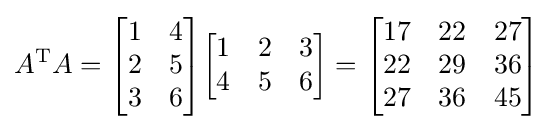
A^{\text{T}}A={\begin{bmatrix}1&4\\2&5\\3&6\end{bmatrix}}{\begin{bmatrix}1&2&3\\4&5&6\end{bmatrix}}={\begin{bmatrix}17&22&27\\22&29&36\\27&36&45\end{bmatrix}}